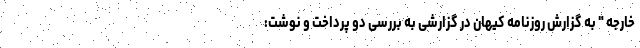
خارجه " به گزارش روزنامه کیهان در گزارشی به بررسی دو پرداخت و نوشت: